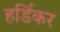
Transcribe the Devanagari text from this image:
हर्डिकर